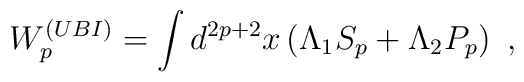
W^{(UBI)}_p = \int d^{2p+2}x \left( \Lambda_1 S_p + \Lambda_2P_p\right) \ ,